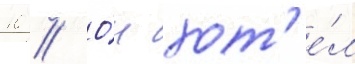
10 // О́н хот'е́л